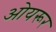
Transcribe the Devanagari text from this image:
ओयरूर